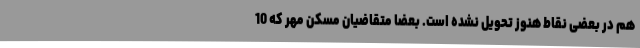
هم در بعضی نقاط هنوز تحویل نشده است. بعضا متقاضیان مسکن مهر که 10